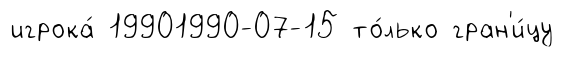
игрока́ 19901990-07-15 то́лько гран'и́цу